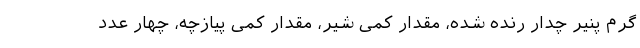
گرم پنیر چدار رنده شده، مقدار کمی شیر، مقدار کمی پیازچه، چهار عدد